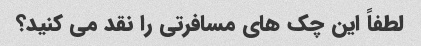
لطفاً این چک های مسافرتی را نقد می کنید؟